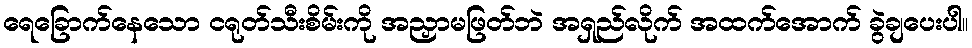
ရေခြောက်နေသော ငရုတ်သီးစိမ်းကို အညှာမဖြတ်ဘဲ အရှည်လိုက် အထက်အောက် ခွဲချပေးပါ။